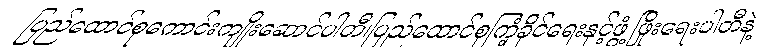
ပြည်ထောင်စုကောင်းကျိုးဆောင်ပါတီ၊ပြည်ထောင်စုကြံ့ခိုင်ရေးနှင့်ဖွံ့ဖြိုးရေးပါတီနဲ့